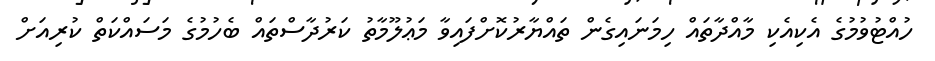
ހުއްޓުވުމުގެ އެކިއެކި މާއްދާތައް ހިމަނައިގެން ތައްޔާރުކޮށްފައިވާ މަޢުލޫމާތު ކަރުދާސްތައް ބެހުމުގެ މަސައްކަތް ކުރިއަށް